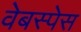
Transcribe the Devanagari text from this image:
वेबस्पेस